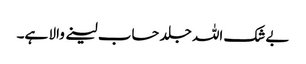
بےشک اللہ جلد حساب لینے والا ہے۔